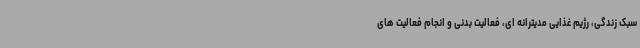
سبک زندگی، رژیم غذایی مدیترانه ای، فعالیت بدنی و انجام فعالیت های